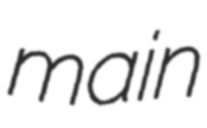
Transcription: main